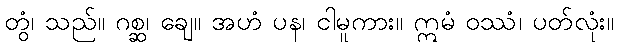
တွံ၊ သည်။ ဂစ္ဆ၊ ချေ။ အဟံ ပန၊ ငါမူကား။ ဣမံ ဝဿံ၊ ပတ်လုံး။